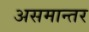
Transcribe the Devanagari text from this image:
असमान्तर